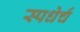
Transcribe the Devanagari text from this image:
स्पधेर्चं